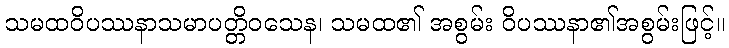
သမထဝိပဿနာသမာပတ္တိဝသေန၊ သမထ၏ အစွမ်း ဝိပဿနာ၏အစွမ်းဖြင့်။